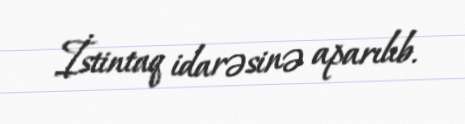
İstintaq idarəsinə aparılıb.